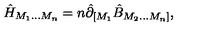
\hat { H } _ { M _ { 1 } \ldots M _ { n } } = n \hat { \partial } _ { [ M _ { 1 } } \hat { B } _ { M _ { 2 } \ldots M _ { n } ] } ,